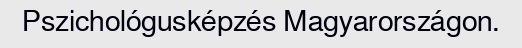
Pszichológusképzés Magyarországon.